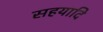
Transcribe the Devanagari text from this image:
सहयादि